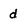
Character: d